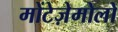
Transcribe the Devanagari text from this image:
मोंटेज़ेमोलो